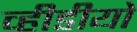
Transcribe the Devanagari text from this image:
व्हीडीयो